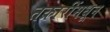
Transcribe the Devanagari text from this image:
तक्रारींमधून